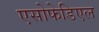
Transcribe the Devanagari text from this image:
एसोफेडिएल